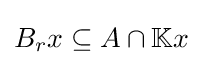
B_{r}x\subseteq A\cap \mathbb {K} x